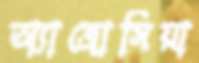
অ্যাব্রোসিয়া